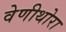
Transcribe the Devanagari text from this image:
वेणीथोरा